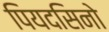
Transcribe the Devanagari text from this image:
पियदसिनो